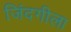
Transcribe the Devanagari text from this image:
जिंदगीला